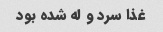
غذا سرد و له شده بود